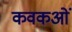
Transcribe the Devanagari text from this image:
कवकओं